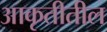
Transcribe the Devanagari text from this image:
आकृतीतील